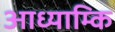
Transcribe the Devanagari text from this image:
आध्याम्कि